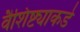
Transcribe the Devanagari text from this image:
वैशिष्ट्याकडे